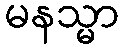
မနသ္မာ